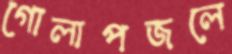
গোলাপজলে